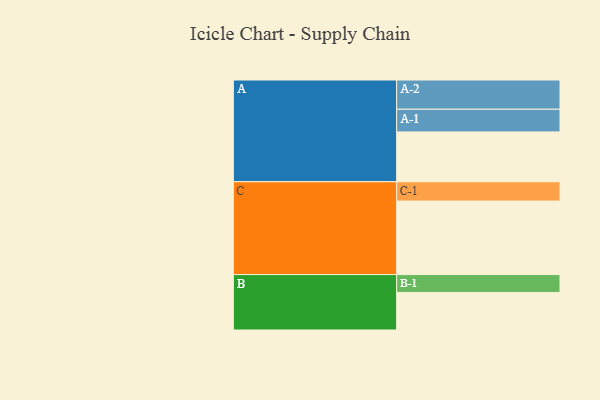
{"axis": {"x": "Segment", "y": "Value"}, "legend": ["", "A", "B", "C"], "data": [{"x": "A", "y": 399, "type": ""}, {"x": "B", "y": 301, "type": ""}, {"x": "C", "y": 589, "type": ""}, {"x": "A-1", "y": 182, "type": "A"}, {"x": "A-2", "y": 234, "type": "A"}, {"x": "B-1", "y": 143, "type": "B"}, {"x": "C-1", "y": 155, "type": "C"}]}